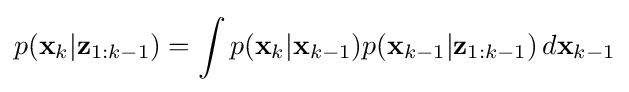
p({\textbf {x}}_{k}|{\textbf {z}}_{1:k-1})=\int p({\textbf {x}}_{k}|{\textbf {x}}_{k-1})p({\textbf {x}}_{k-1}|{\textbf {z}}_{1:k-1})\,d{\textbf {x}}_{k-1}